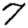
Digit: 7